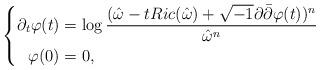
LaTeX: \begin{align*}\left\{\begin{aligned}\partial_t\varphi(t)&=\log\frac{(\hat\omega-tRic(\hat\omega)+\sqrt{-1}\partial\bar\partial\varphi(t))^n}{\hat\omega^n}\\\varphi(0)&=0,\end{aligned}\right.\end{align*}